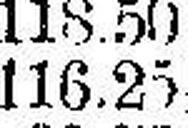
116.25